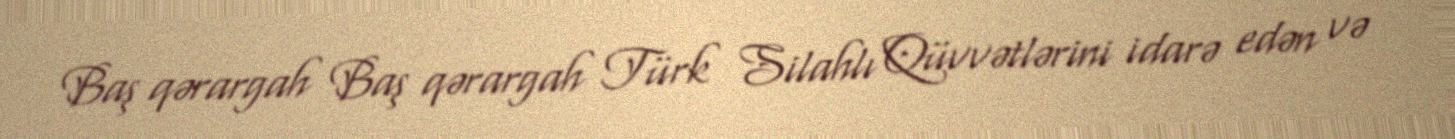
Baş qərargah Baş qərargah Türk Silahlı Qüvvətlərini idarə edən və